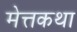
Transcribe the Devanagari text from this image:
मेत्तकथा